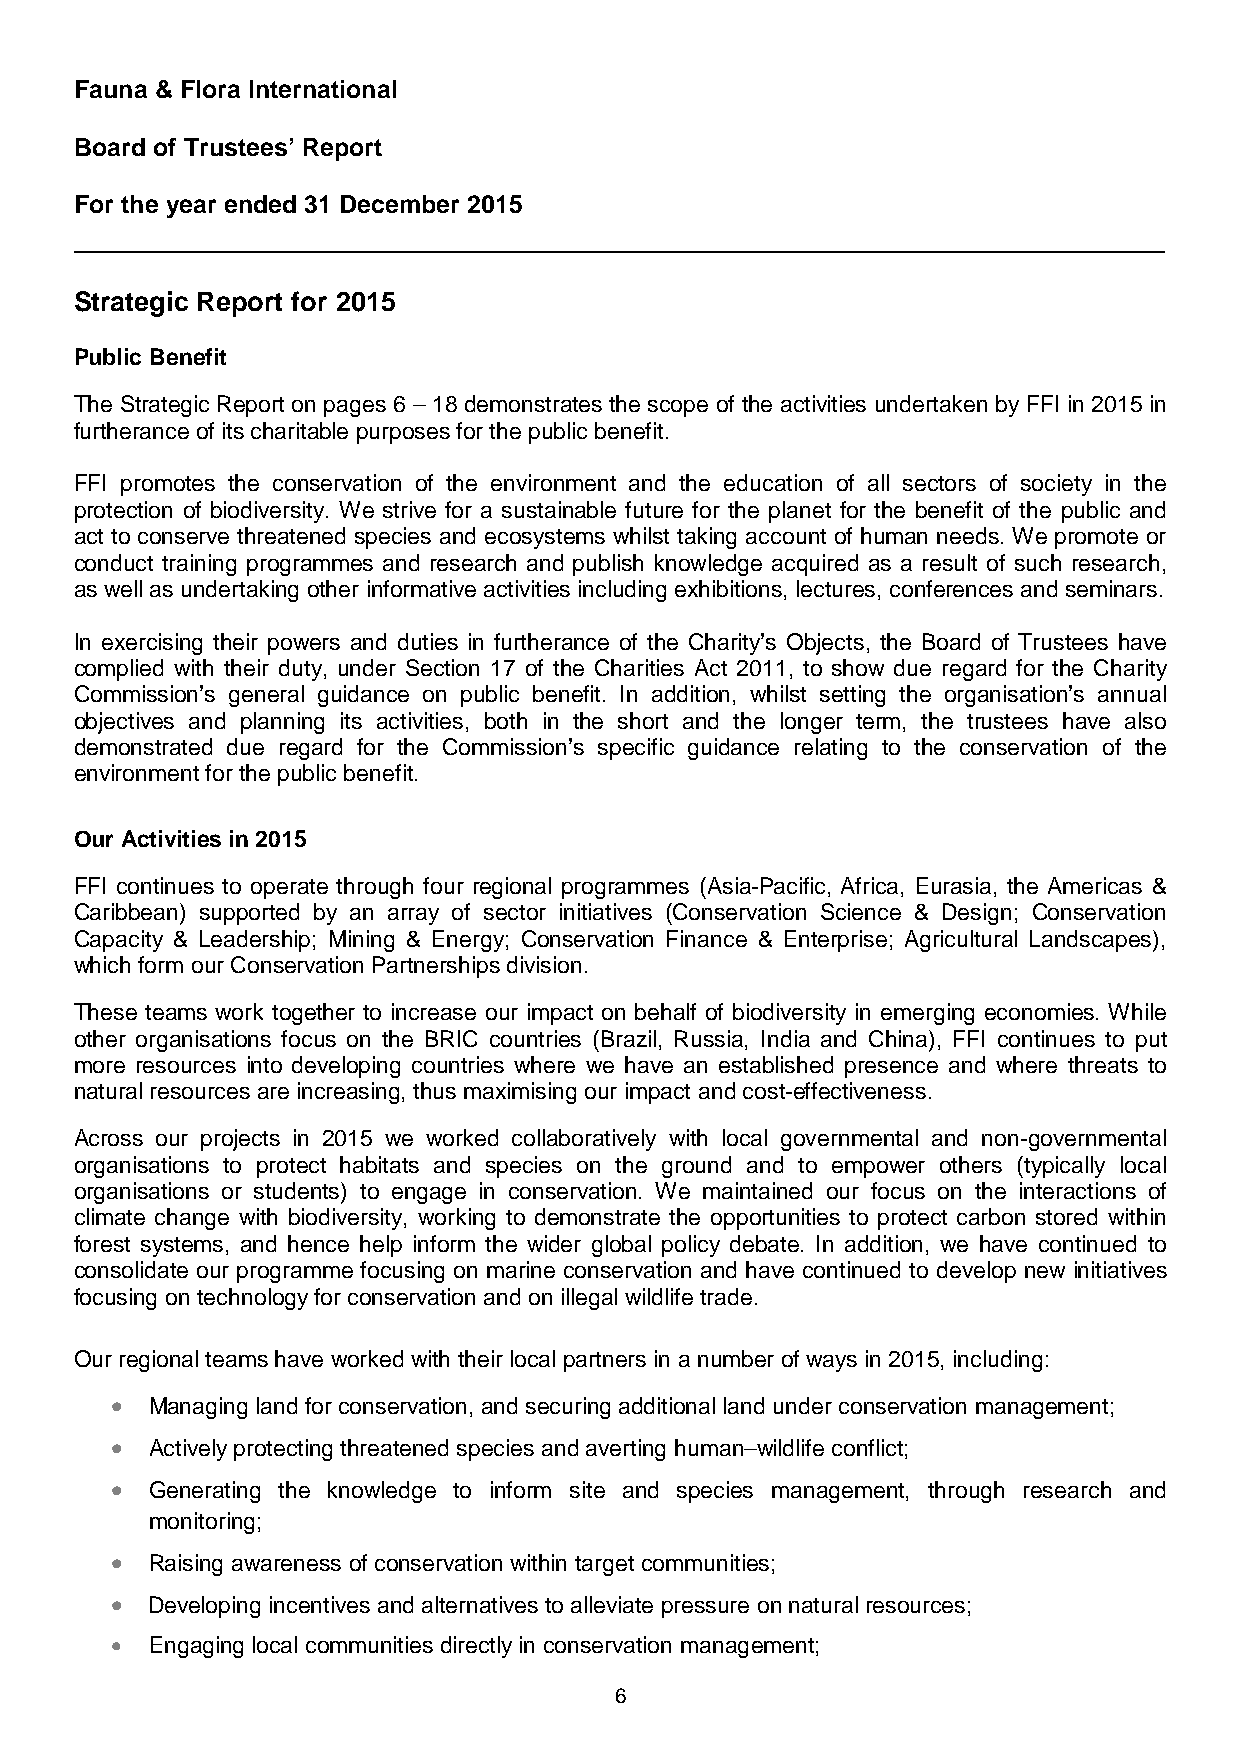
Fauna & Flora International
 Board of Trustees’ Report
 For the year ended 31 December 2015
 Strategic Report for 2015
 Public Benefit
 The Strategic Report on pages 6 – 18 demonstrates the scope of the activities undertaken by FFI in 2015 in
 furtherance of its charitable purposes for the public benefit.
 FFI promotes the conservation of the environment and the education of all sectors of society in the
 protection of biodiversity. We strive for a sustainable future for the planet for the benefit of the public and
 act to conserve threatened species and ecosystems whilst taking account of human needs. We promote or
 conduct training programmes and research and publish knowledge acquired as a result of such research,
 as well as undertaking other informative activities including exhibitions, lectures, conferences and seminars.
 In exercising their powers and duties in furtherance of the Charity’s Objects, the Board of Trustees have
 complied with their duty, under Section 17 of the Charities Act 2011, to show due regard for the Charity
 Commission’s general guidance on public benefit. In addition, whilst setting the organisation’s annual
 objectives and planning its activities, both in the short and the longer term, the trustees have also
 demonstrated due regard for the Commission’s specific guidance relating to the conservation of the
 environment for the public benefit.
 Our Activities in 2015
 FFI continues to operate through four regional programmes (Asia-Pacific, Africa, Eurasia, the Americas &
 Caribbean) supported by an array of sector initiatives (Conservation Science & Design; Conservation
 Capacity & Leadership; Mining & Energy; Conservation Finance & Enterprise; Agricultural Landscapes),
 which form our Conservation Partnerships division.
 These teams work together to increase our impact on behalf of biodiversity in emerging economies. While
 other organisations focus on the BRIC countries (Brazil, Russia, India and China), FFI continues to put
 more resources into developing countries where we have an established presence and where threats to
 natural resources are increasing, thus maximising our impact and cost-effectiveness.
 Across our projects in 2015 we worked collaboratively with local governmental and non-governmental
 organisations to protect habitats and species on the ground and to empower others (typically local
 organisations or students) to engage in conservation. We maintained our focus on the interactions of
 climate change with biodiversity, working to demonstrate the opportunities to protect carbon stored within
 forest systems, and hence help inform the wider global policy debate. In addition, we have continued to
 consolidate our programme focusing on marine conservation and have continued to develop new initiatives
 focusing on technology for conservation and on illegal wildlife trade.
 Our regional teams have worked with their local partners in a number of ways in 2015, including:
 •  Managing land for conservation, and securing additional land under conservation management;
 •  Actively protecting threatened species and averting human–wildlife conflict;
 •  Generating the knowledge to inform site and species management, through research and
 monitoring;
 •  Raising awareness of conservation within target communities;
 •  Developing incentives and alternatives to alleviate pressure on natural resources;
 •  Engaging local communities directly in conservation management;
 6